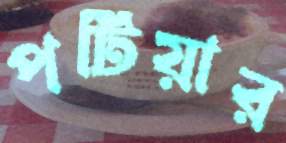
পটিয়ার